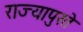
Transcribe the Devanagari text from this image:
राज्यापुरते